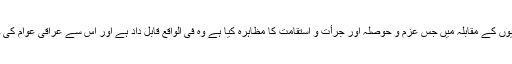
اس جنگ میں عراق کی قیادت اور عوام نے امریکی اتحادیوں کے مقابلہ میں جس عزم و حوصلہ اور جرأت و استقامت کا مظاہرہ کیا ہے وہ فی الواقع قابل داد ہے اور اس سے عراقی عوام کی حریت پسندی اور قومی حمیت و غیرت کا اظہار ہوتا ہے۔